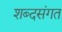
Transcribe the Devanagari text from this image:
शब्दसंगत